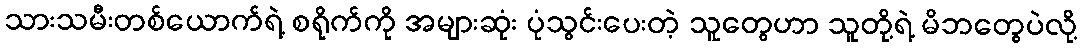
သားသမီးတစ်ယောက်ရဲ့ စရိုက်ကို အများဆုံး ပုံသွင်းပေးတဲ့ သူတွေဟာ သူတို့ရဲ့ မိဘတွေပဲလို့